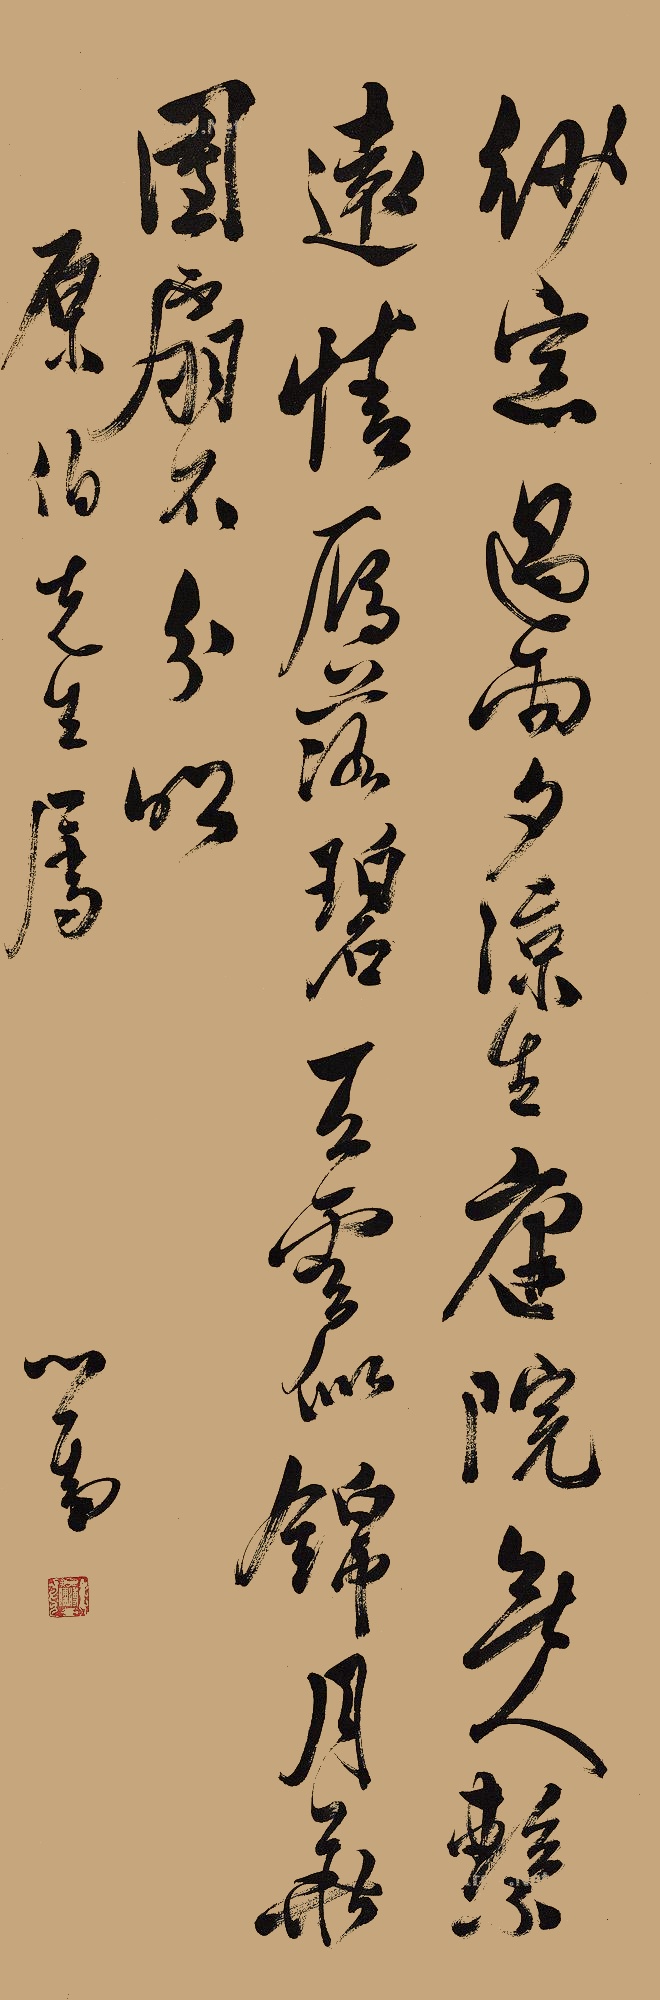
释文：纱窗遇雨夕凉生，庭院无人系远情。雁落碧天云似锦，月华团扇不分明。原伯先生属，心畬。